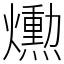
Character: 𤑛